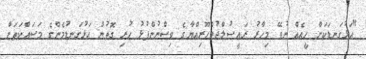
"އަޅުގަނޑަކަށް ހީއެއް ނުވޭ މިހާރު ރައީސުލްޖުމްހޫރިއްޔާގެ ވިސްނުންފުޅު ހުރި ގޮތުން އަޅުގަނޑުމެންގެ މަސައްކަތަށް